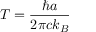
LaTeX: T = { \frac { \hbar a } { 2 \pi c k _ { B } } }